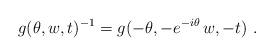
LaTeX: \begin{align*} g(\theta,w,t)^{-1} = g(-\theta, - e^{-i\theta}\, w, -t)~.\end{align*}